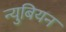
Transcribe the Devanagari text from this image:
न्युबियन